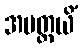
အပတ္ထယိံ